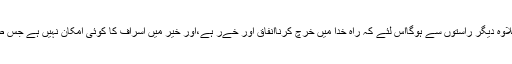
اس احتمال کى بنا پرخرچ کا تعلق راہ خدا کے علاوہ ديگر راستوں سے ہوگااس لئے کہ راہ خدا ميں خرچ کرناانفاق اور خےر ہے،اور خير ميں اسراف کا کوئى امکان نہيں ہے جس طرح کہ اسراف ميں کسى خير کا امکان نہيں ہے۔